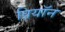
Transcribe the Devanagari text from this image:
प्रियॉन